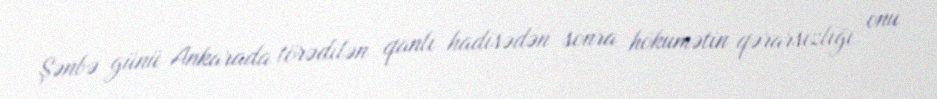
Şənbə günü Ankarada törədilən qanlı hadisədən sonra hökumətin qərarsızlığı onu